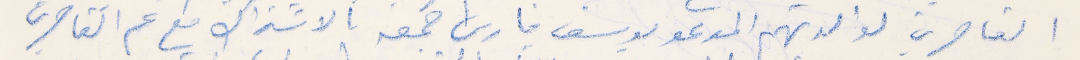
القاصرين لوالدتهم المدعو يوسف فارس جمعة بالاشتراك مع عم القاصرين